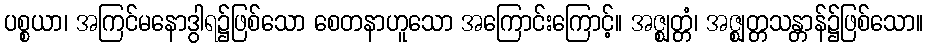
ပစ္စယာ၊ အကြင်မနောဒွါရ၌ဖြစ်သော စေတနာဟူသော အကြောင်းကြောင့်။ အဇ္ဈတ္တံ၊ အဇ္ဈတ္တသန္တာန်၌ဖြစ်သော။